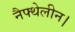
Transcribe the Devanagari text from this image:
नैफ्थेलीन।